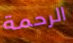
الرحمة